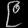
Digit: ၉